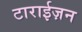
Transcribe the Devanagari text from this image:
टाराईज़न